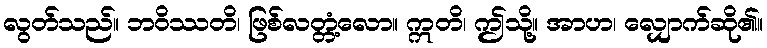
လွတ်သည်။ ဘဝိဿတိ၊ ဖြစ်လတ္တံ့လော။ ဣတိ၊ ဤသို့။ အာဟ၊ လျှောက်ဆို၏။